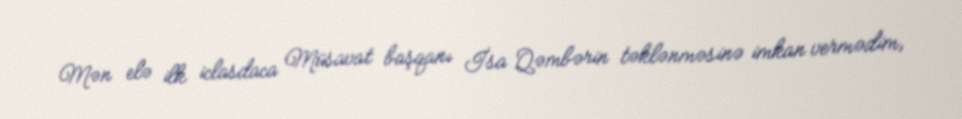
Mən elə ilk iclasdaca Müsavat başqanı İsa Qəmbərin təklənməsinə imkan vermədim,